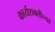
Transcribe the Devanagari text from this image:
कार्यशक्तीच्या